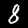
Label: 8